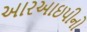
આરઆઇપીનો